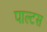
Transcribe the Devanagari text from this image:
पाल्टस